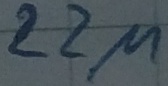
Text: 22µ